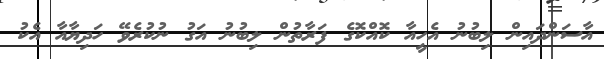
އާސަންދައިން ލިބުނު އެހީއާ ކޮއްކޮގެ ފަރާތުން ލިބުނު އަގު ނުކުރެވޭ ހަދިޔާއާ އެކު